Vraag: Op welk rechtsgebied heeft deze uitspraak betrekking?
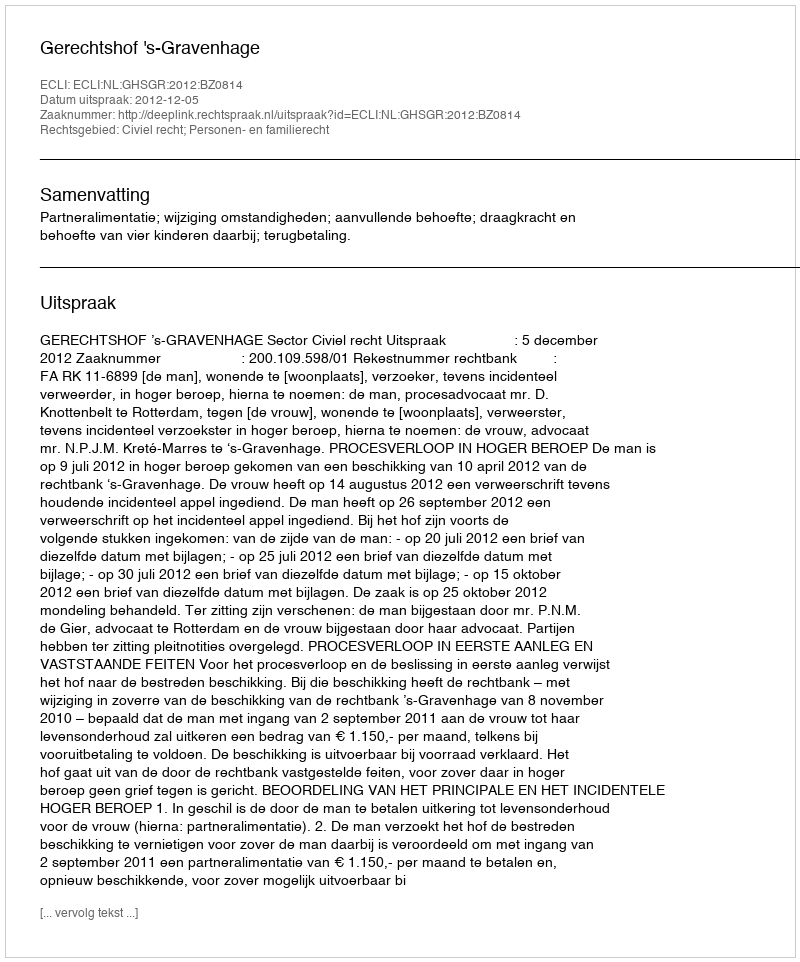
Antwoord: Civiel recht; Personen- en familierecht